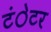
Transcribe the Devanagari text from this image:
टंेटर